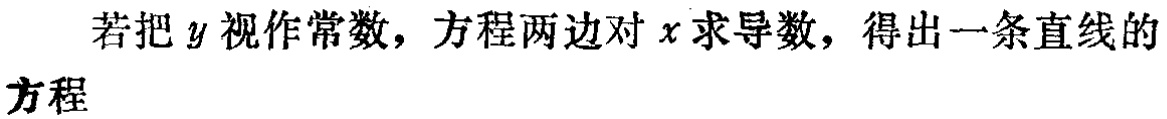
若把\(y\)视作常数，方程两边对\(x\)求导数，得出一条直线的方程